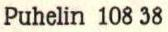
Puhelin 108 38